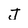
Character: J